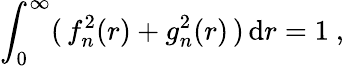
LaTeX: \int_{0}^{\infty}(\, f_{n}^{2}(r)+g_{n}^{2}(r)\, )\, \mathrm{d}r=1~,